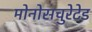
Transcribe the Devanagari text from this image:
मोनोसचुरेटेड